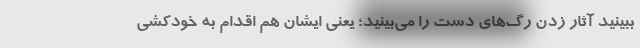
ببینید آثار زدن رگ‌های دست را می‌بینید؛ یعنی ایشان هم اقدام به خودکشی